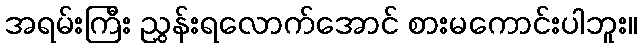
အရမ်းကြီး ညွှန်းရလောက်အောင် စားမကောင်းပါဘူး။